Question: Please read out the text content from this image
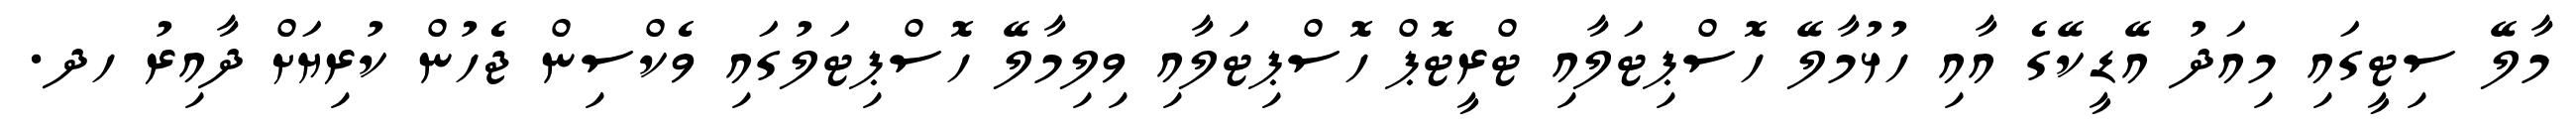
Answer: މާލޭ ސިޓީގައި މިއަދު އޭޑީކޭގެ އާއި ހުޅުމާލޭ ހޮސްޕިޓަލާއި ޓްރީޓޮޕް ހޮސްޕިޓަލާއި ވިލިމާލޭ ހޮސްޕިޓަލުގައި ވެކްސިން ޖެހުން ކުރިޔަށް ދާއިރު ހދ.